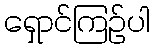
ရှောင်ကြဉ်ပါ